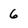
Character: 6